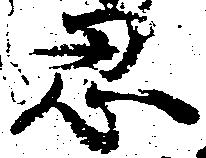
忍